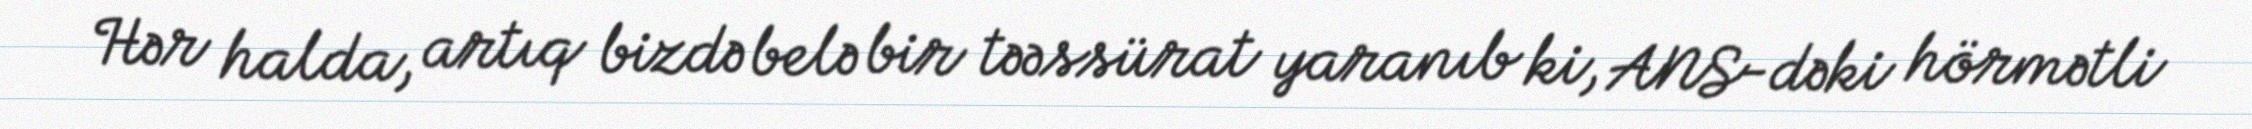
Hər halda, artıq bizdə belə bir təəssürat yaranıb ki, ANS-dəki hörmətli